system: You are a helpful assistant.
user:
Analyze the provided spectrum to determine if it is a **M-type Giant (gM)**.

A M-type Giant spectrum is defined by its **strong molecular absorption** features, particularly from **Titanium Oxide (TiO)**. You must check for one of the following mutually exclusive signatures:

- **Key Visual Indicators (Absorption-Dominated Spectrum):**

    - **(Primary):** The spectrum is dominated by strong molecular absorption from **Titanium Oxide (TiO)**. This is the **defining feature** of its M-type temperature class.
        - **(Key Bandheads):** Look for sharp, "saw-tooth" absorption valleys. The strongest are located near **~7050 Å**, **~6160 Å**, and **~5170 Å**.
        - **(Line Profile):** The "saw-tooth" morphology is critical: a **sharp, steep drop on the BLUE (short-wavelength) side** of the bandhead, followed by a gradual recovery (rising flux) towards the RED (long-wavelength) side.

    - **(Key Confirmation - Giant vs. Dwarf):** **ABSENCE** of strong **Calcium Hydride (CaH)** molecular bands. This is the primary diagnostic for *excluding* M-dwarfs.
        - **(Key Region):** The spectrum should lack the strong, broad absorption band seen in dwarfs between **~6800 Å and ~7000 Å**.

    - **(Secondary Confirmation - Giant):** A very strong and broad **Neutral Calcium (Ca I)** atomic absorption line.
        - **(Key Line):** Located at **~4226 Å**. In a giant (gM), this line is significantly deeper and broader than the same line in an M-dwarf (dM) due to low surface gravity.

    - **(Overall Spectrum):**
        - The continuum is **extremely red-sloping** (i.e., flux is very low in the blue and rises dramatically towards the red).
        - The entire spectrum appears "chopped up" by the deep TiO bands.

Think first, call **spectral_visualization_tool** if needed to examine features in detail, then provide your final answer. Your response must adhere to the following strict rules:
1.  **Overall Structure:** Your response must follow the format `<think>...</think> <tool_call>...</tool_call> (if a tool is used) <answer>...</answer>`.
2.  **Tool Usage Constraint:** You may only make **one** tool call per turn.
3.  **Final Answer Format:** In the `<answer>` tag, your conclusion must be inside a `\boxed{}` command (e.g., `\boxed{YES}` or `\boxed{NO}`), followed by your justification.

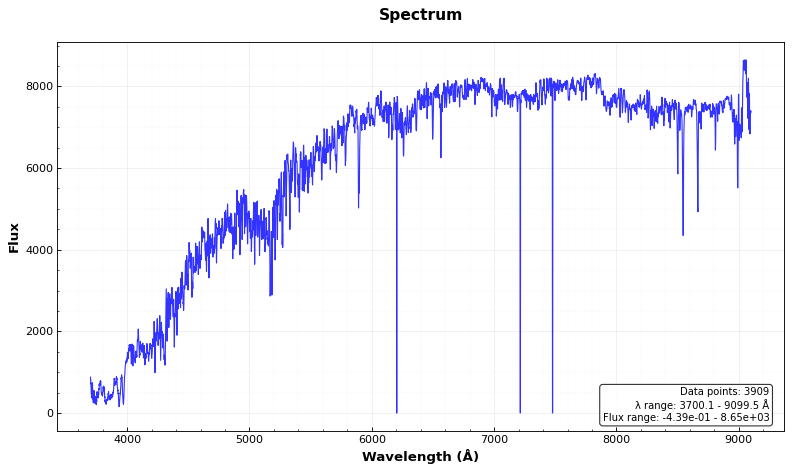
Answer: NO